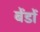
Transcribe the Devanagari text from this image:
बेंडों